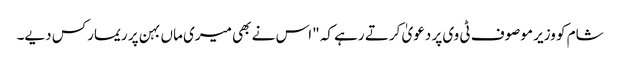
شام کو وزیر موصوف ٹی وی پر دعویٰ کرتے رہے کہ "اس نے بھی میری ماں بہن پر ریمارکس دیے۔